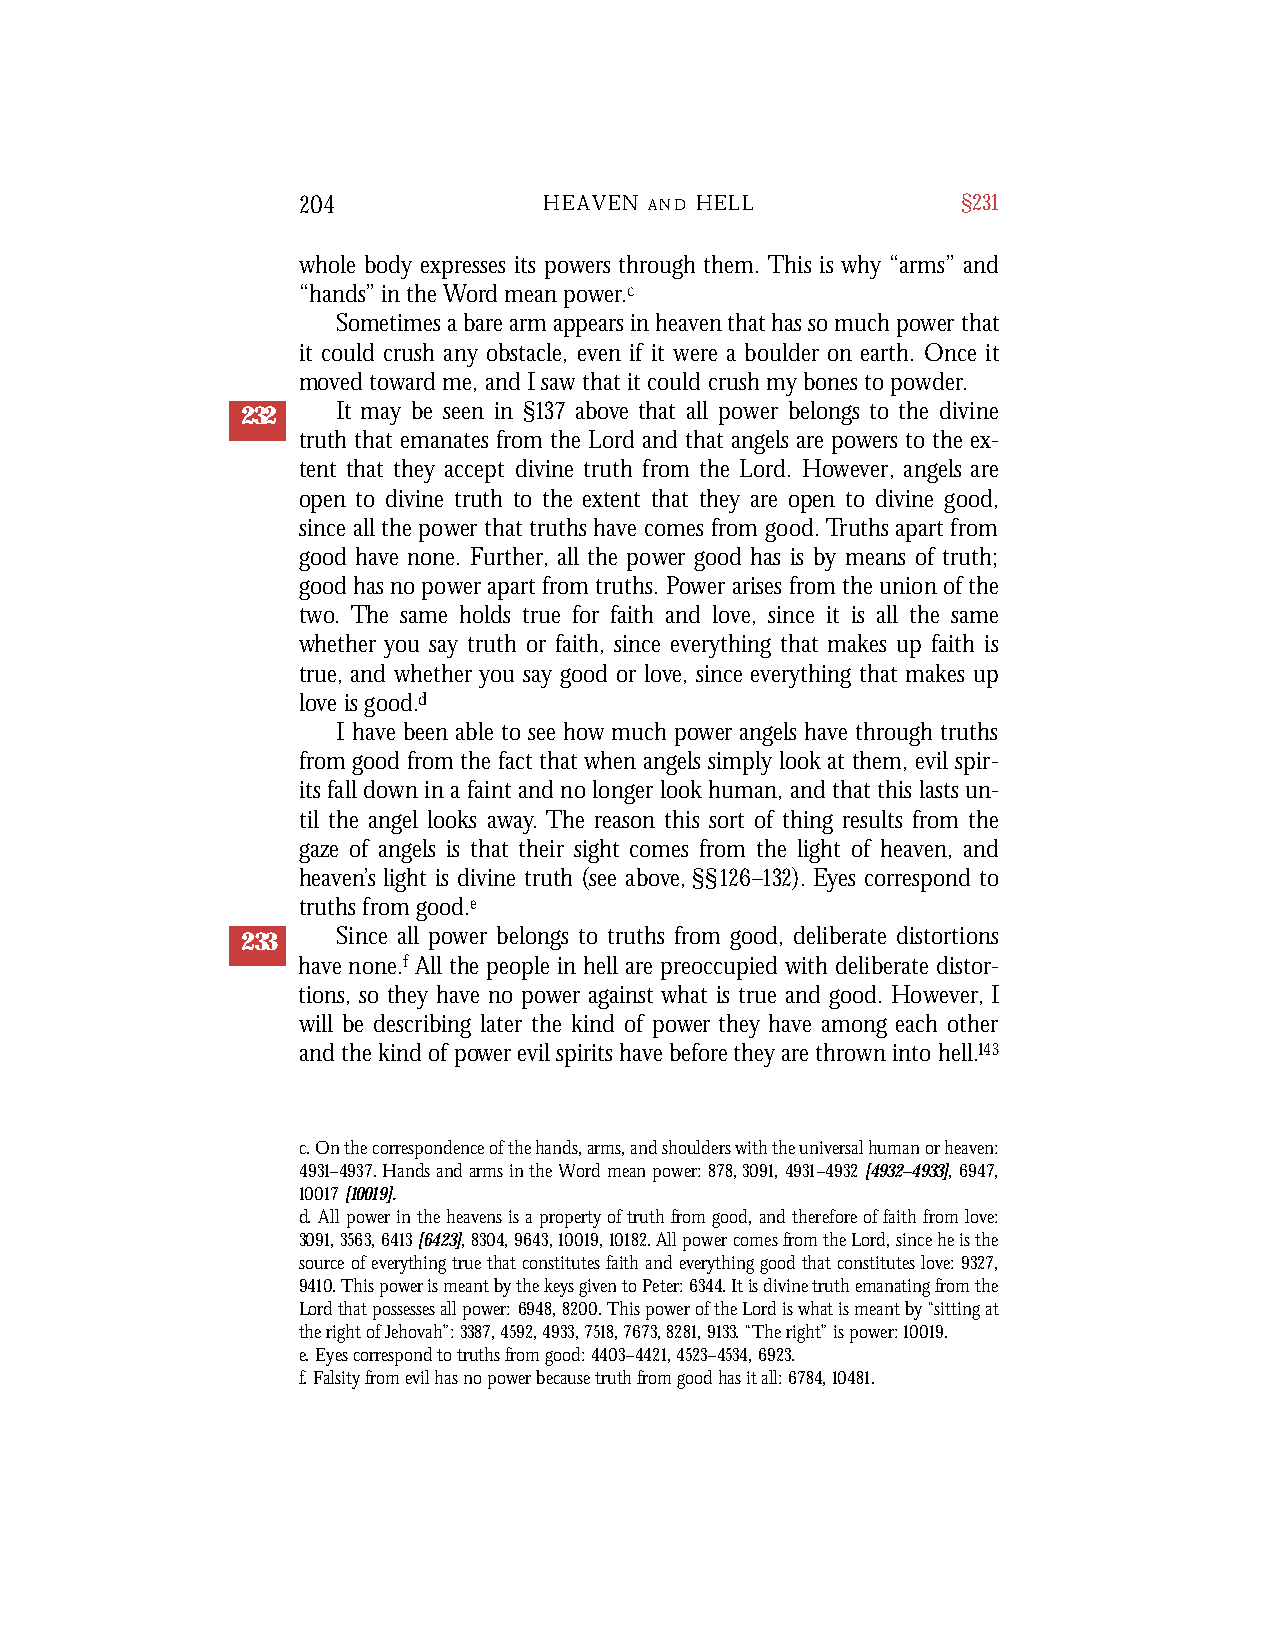
204             HEAVEN A N D H E L L        §231
 whole body expresses its powers through them. This is why “arms” and
 “hands” in the Word mean power.c
 Sometimes a bare arm appears in heaven that has so much power that
 it could crush any obstacle, even if it were a boulder on earth. Once it
 moved toward me, and I saw that it could crush my bones to powder.
 232   It may be seen in §137 above that all power belongs to the divine
 truth that emanates from the Lord and that angels are powers to the ex-
 tent that they accept divine truth from the Lord. However, angels are
 open to divine truth to the extent that they are open to divine good,
 since all the power that truths have comes from good. Truths apart from
 good have none. Further, all the power good has is by means of truth;
 good has no power apart from truths. Power arises from the union of the
 two. The same holds true for faith and love, since it is all the same
 whether you say truth or faith, since everything that makes up faith is
 true, and whether you say good or love, since everything that makes up
 love is good.d
 I have been able to see how much power angels have through truths
 from good from the fact that when angels simply look at them, evil spir-
 its fall down in a faint and no longer look human, and that this lasts un-
 til the angel looks away. The reason this sort of thing results from the
 gaze of angels is that their sight comes from the light of heaven, and
 heaven’s light is divine truth (see above, §§126–132). Eyes correspond to
 truths from good.e
 233   Since all power belongs to truths from good, deliberate distortions
 have none.f All the people in hell are preoccupied with deliberate distor-
 tions, so they have no power against what is true and good. However, I
 will be describing later the kind of power they have among each other
 and the kind of power evil spirits have before they are thrown into hell.143
 c. On the correspondence of the hands, arms, and shoulders with the universal human or heaven:
 4931–4937. Hands and arms in the Word mean power: 878,3091,4931–4932[4932–4933], 6947,
 10017[10019].
 d. All power in the heavens is a property of truth from good, and therefore of faith from love:
 3091,3563,6413[6423],8304,9643,10019,10182. All power comes from the Lord, since he is the
 source of everything true that constitutes faith and everything good that constitutes love: 9327,
 9410. This power is meant by the keys given to Peter: 6344. It is divine truth emanating from the
 Lord that possesses all power: 6948,8200. This power of the Lord is what is meant by “sitting at
 the right of Jehovah”: 3387, 4592, 4933, 7518, 7673, 8281, 9133. “The right” is power: 10019.
 e. Eyes correspond to truths from good: 4403–4421, 4523–4534, 6923.
 f. Falsity from evil has no power because truth from good has it all: 6784, 10481.